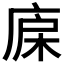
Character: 𣒷